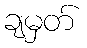
ချမှတ်